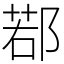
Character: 鄀